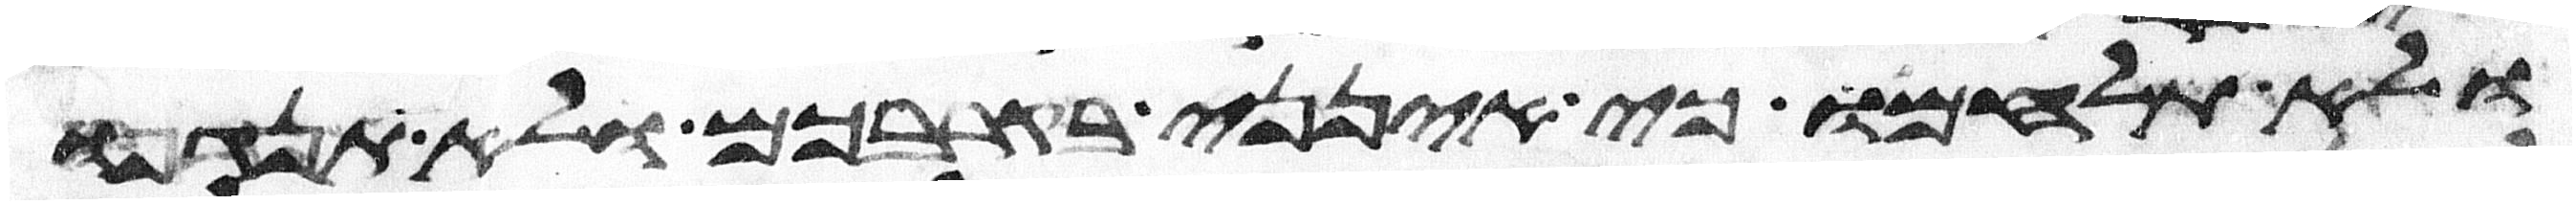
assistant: ולא תלחמו כי אינני בקרבכם ולא תנגפו